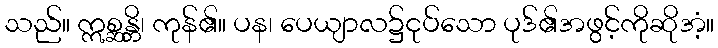
သည်။ ဣစ္ဆန္တိ၊ ကုန်၏။ ပန၊ ပေယျာလ၌ငုပ်သော ပုဒ်၏အဖွင့်ကိုဆိုအံ့။